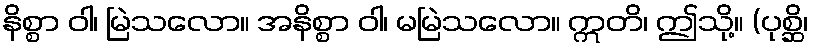
နိစ္စာ ဝါ၊ မြဲသလော။ အနိစ္စာ ဝါ၊ မမြဲသလော။ ဣတိ၊ ဤသို့။ (ပုစ္ဆိ၊